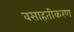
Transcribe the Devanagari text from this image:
वसाहतीकरण